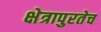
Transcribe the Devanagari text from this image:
क्षेत्रापुरतेच